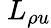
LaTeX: \ L_{\rho u}